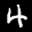
Label: 4